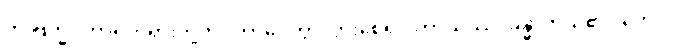
ဤဗြဟ္မဝိဟာရတရားတို့ကို။ ဘာဝေတွာ၊ ပွားစေ၍။ ကာယဿ၊ ခန္ဓာကိုယ်၏။ ဘေဒါ၊